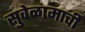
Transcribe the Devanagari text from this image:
सुवेळामाची